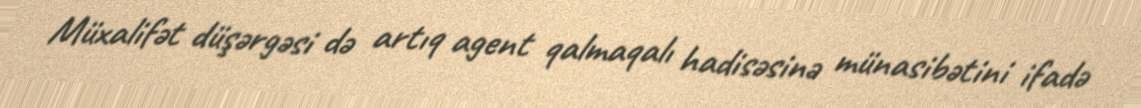
Müxalifət düşərgəsi də artıq agent qalmaqalı hadisəsinə münasibətini ifadə